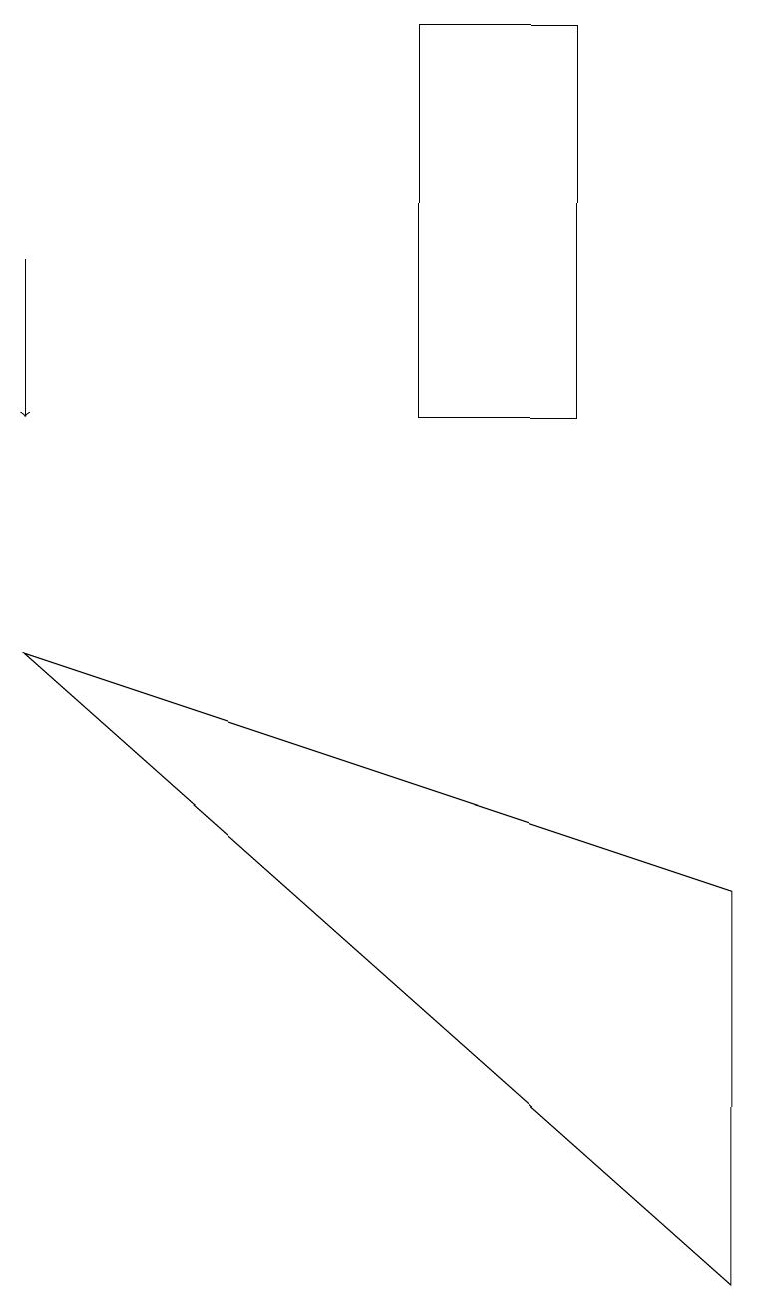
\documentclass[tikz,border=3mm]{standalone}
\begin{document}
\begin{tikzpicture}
\draw (5,11) rectangle (7,16);
\draw (9,0) -- (9,5) -- (0,8) -- cycle;
\draw[->] (0,13) -- (0,11);
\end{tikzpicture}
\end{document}